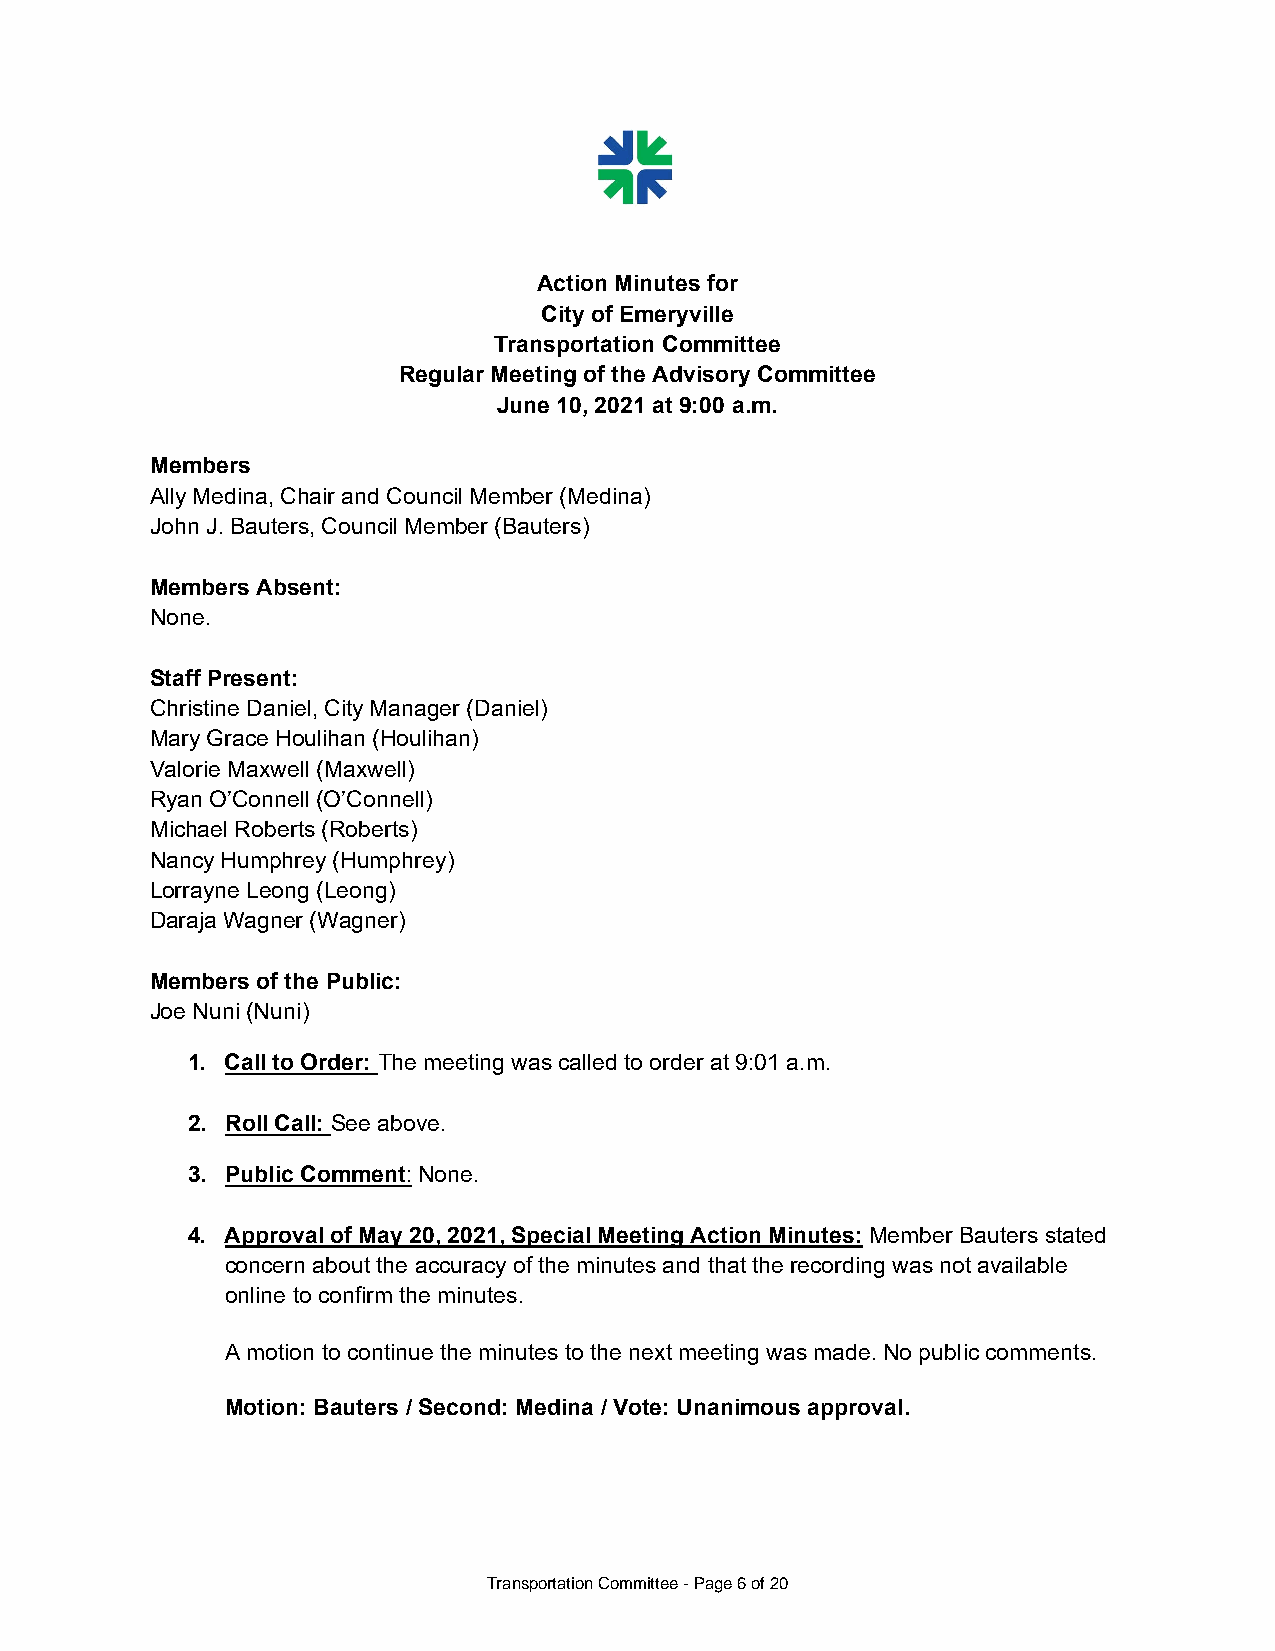
Action Minutes for
 City of Emeryville
 Transportation Committee
 Regular Meeting of the Advisory Committee
 June 10, 2021 at 9:00 a.m.
 Members
 Ally Medina, Chair and Council Member (Medina)
 John J. Bauters, Council Member (Bauters)
 Members Absent:
 None.
 Staff Present:
 Christine Daniel, City Manager (Daniel)
 Mary Grace Houlihan (Houlihan)
 Valorie Maxwell (Maxwell)
 Ryan O’Connell (O’Connell)
 Michael Roberts (Roberts)
 Nancy Humphrey (Humphrey)
 Lorrayne Leong (Leong)
 Daraja Wagner (Wagner)
 Members of the Public:
 Joe Nuni (Nuni)
 1. Call to Order: The meeting was called to order at 9:01 a.m.
 2. Roll Call: See above.
 3. Public Comment: None.
 4. Approval of May 20, 2021, Special Meeting Action Minutes: Member Bauters stated
 concern about the accuracy of the minutes and that the recording was not available
 online to confirm the minutes.
 A motion to continue the minutes to the next meeting was made. No public comments.
 Motion: Bauters / Second: Medina / Vote: Unanimous approval.
 Transportation Committee - Page 6 of 20